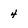
Character: 4